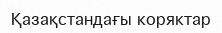
Қазақстандағы коряктар